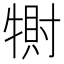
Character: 𤛀